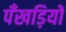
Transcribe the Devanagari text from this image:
पँखड़ियों